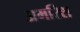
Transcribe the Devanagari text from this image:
अमरिश